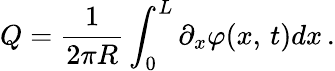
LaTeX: Q=\frac{1}{2\pi R}\int_{0}^{L}\partial_{x}\varphi(x,\, t)dx\, .